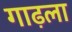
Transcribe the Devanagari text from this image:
गाढ़ला